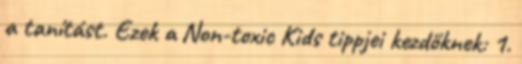
a tanítást. Ezek a Non-toxic Kids tippjei kezdőknek: 1.